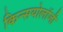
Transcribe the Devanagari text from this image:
किन्सयोलॉजी